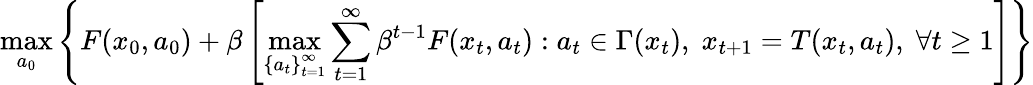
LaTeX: \operatorname*{max}_{a_{0}}\left\{ F(x_{0},a_{0})+\beta\left[\operatorname*{max}_{\left\{ a_{t}\right\} _{t=1}^{\infty}}\sum_{t=1}^{\infty}\beta^{t-1}F(x_{t},a_{t}):a_{t}\in\Gamma(x_{t}),\; x_{t+1}=T(x_{t},a_{t}),\; \forall t\geq 1\right]\right\}